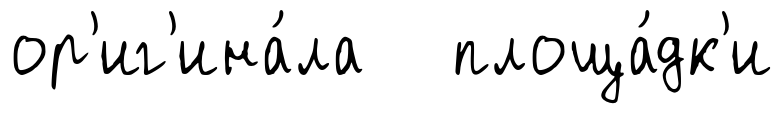
ор'иг'ина́ла площа́дк'и